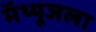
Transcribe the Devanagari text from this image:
मॅथ्यूजला